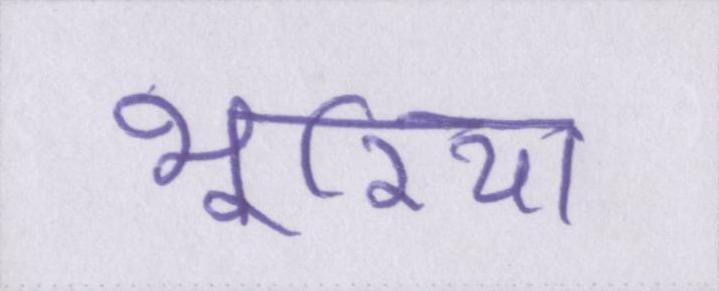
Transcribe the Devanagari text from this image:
भूरिया